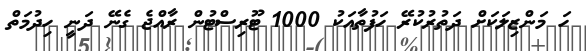
ހަ މަންޒިލަކަށް ދަތުރުކުރޭ ހަފުތާއަކު 1000 ޓޫރިސްޓުން ރާއްޖެ ގެނޭ ދަނީ ހިދުމަތް